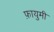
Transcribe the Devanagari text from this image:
फ़ायुमी